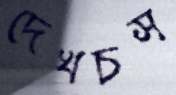
দেখচস